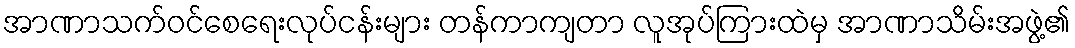
အာဏာသက်ဝင်စေရေးလုပ်ငန်းများ တန်ကာကျတာ လူအုပ်ကြားထဲမှ အာဏာသိမ်းအဖွဲ့၏